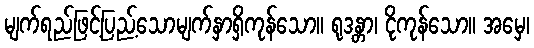
မျက်ရည်ဖြင့်ပြည့်သောမျက်နှာရှိကုန်သော။ ရုဒန္တာ၊ ငိုကုန်သော။ အမှေ၊